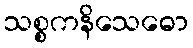
သစ္စကနိသေဓော